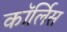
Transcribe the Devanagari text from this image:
कॉर्लिस